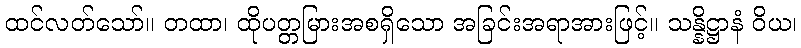
ထင်လတ်သော်။ တထာ၊ ထိုပတ္တမြားအစရှိသော အခြင်းအရာအားဖြင့်။ သန္နိဋ္ဌာနံ ဝိယ၊